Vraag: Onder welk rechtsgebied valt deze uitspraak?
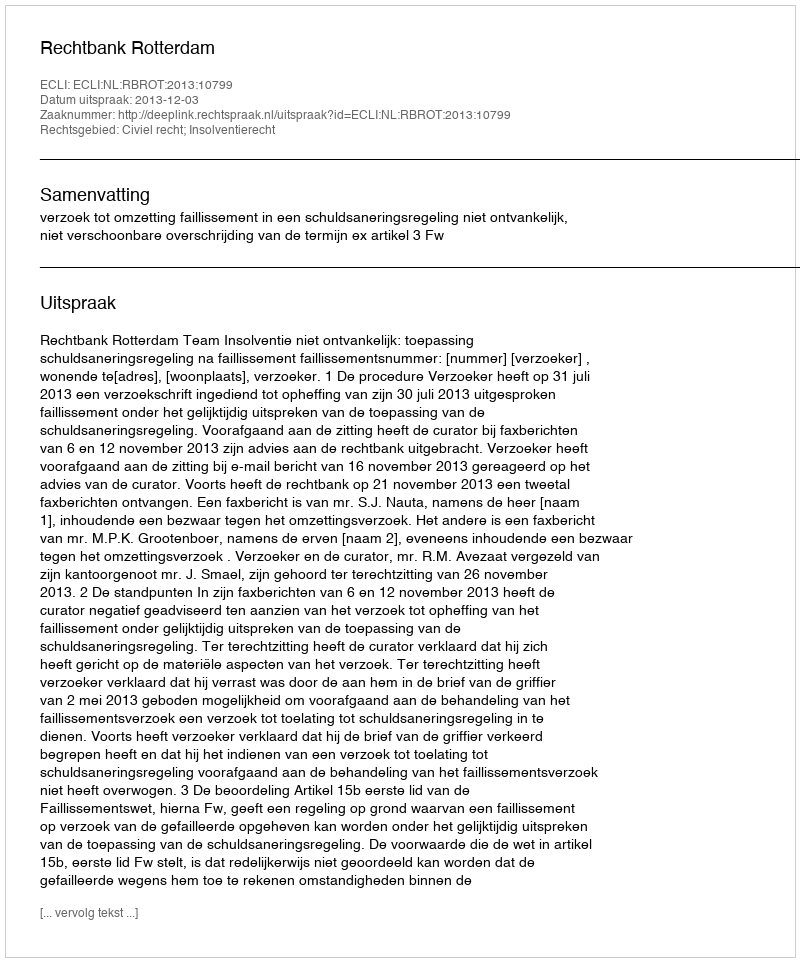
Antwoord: Civiel recht; Insolventierecht